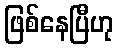
ဖြစ်နေပြီဟု